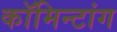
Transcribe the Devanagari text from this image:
कॉमिन्टांग